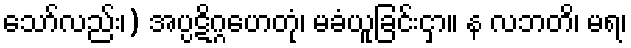
သော်လည်း၊) အပ္ပဋိဂ္ဂဟေတုံ၊ မခံယူခြင်းငှာ။ န လဘတိ၊ မရ၊